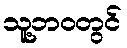
သူ့ဘဝတွင်